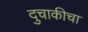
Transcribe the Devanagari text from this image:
दुचाकीचा